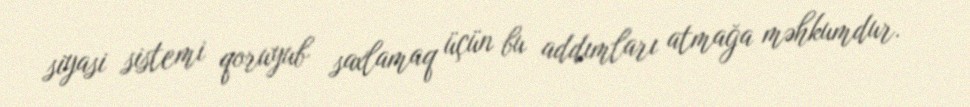
siyasi sistemi qoruyub saxlamaq üçün bu addımları atmağa məhkumdur.